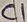
Text: C1